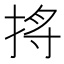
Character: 𪭺